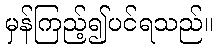
မှန်ကြည့်၍ပင်ရသည်။